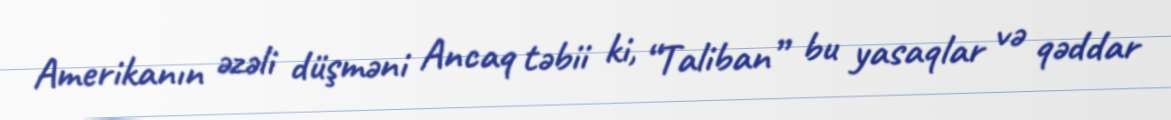
Amerikanın əzəli düşməni Ancaq təbii ki, “Taliban” bu yasaqlar və qəddar